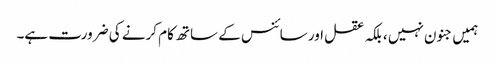
ہمیں جنون نہیں ، بلکہ عقل اور سائنس کے ساتھ کام کرنے کی ضرورت ہے۔